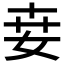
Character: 𡜦